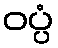
ဝပ္ပံ